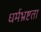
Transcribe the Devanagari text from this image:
धर्मभ्रष्टता